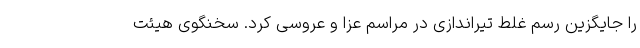
را جایگزین رسم غلط تیراندازی در مراسم عزا و عروسی کرد. سخنگوی هیئت